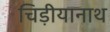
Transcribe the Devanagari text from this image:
चिड़ीयानाथ